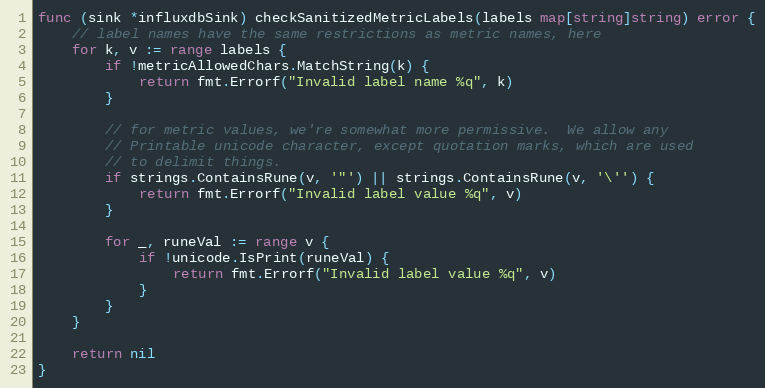
Language: Go
func (sink *influxdbSink) checkSanitizedMetricLabels(labels map[string]string) error {
	// label names have the same restrictions as metric names, here
	for k, v := range labels {
		if !metricAllowedChars.MatchString(k) {
			return fmt.Errorf("Invalid label name %q", k)
		}

		// for metric values, we're somewhat more permissive.  We allow any
		// Printable unicode character, except quotation marks, which are used
		// to delimit things.
		if strings.ContainsRune(v, '"') || strings.ContainsRune(v, '\'') {
			return fmt.Errorf("Invalid label value %q", v)
		}

		for _, runeVal := range v {
			if !unicode.IsPrint(runeVal) {
				return fmt.Errorf("Invalid label value %q", v)
			}
		}
	}

	return nil
}